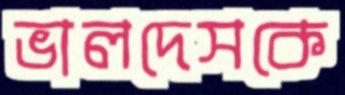
ভালদেসকে